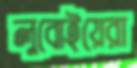
লুবোইয়েরা